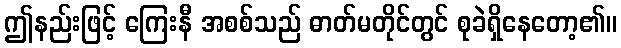
ဤနည်းဖြင့် ကြေးနီ အစစ်သည် ဓာတ်မတိုင်တွင် စုခဲရှိနေတော့၏။